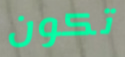
تكون